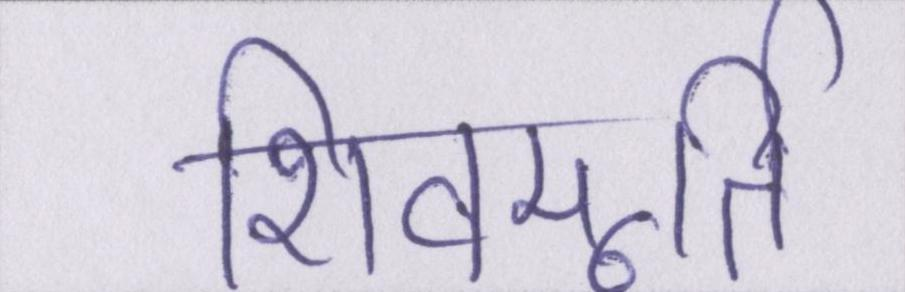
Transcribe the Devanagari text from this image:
शिवमूर्ति